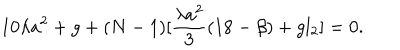
1 0 \lambda a ^ { 2 } + g + ( N - 1 ) [ \frac { \lambda a ^ { 2 } } 3 ( 1 8 - \beta ) + g l _ { 2 } ] = 0 .